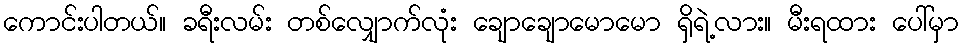
ကောင်းပါတယ်။ ခရီးလမ်း တစ်လျှောက်လုံး ချောချောမောမော ရှိရဲ့လား။ မီးရထား ပေါ်မှာ